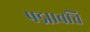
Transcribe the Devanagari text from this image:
पद्मावति